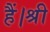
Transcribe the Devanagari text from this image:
हैं।श्री